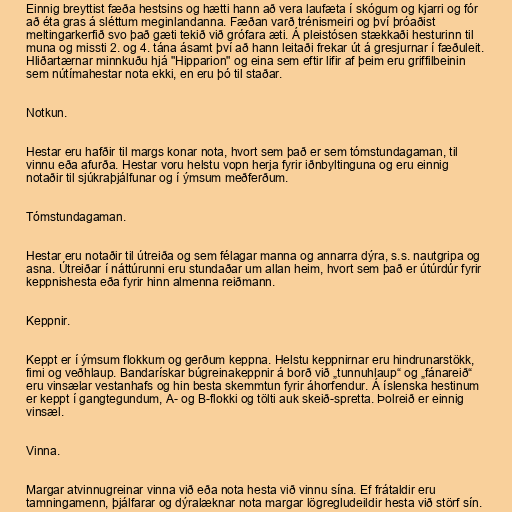
Einnig breyttist fæða hestsins og hætti hann að vera laufæta í skógum og kjarri og fór
að éta gras á sléttum meginlandanna. Fæðan varð trénismeiri og því þróaðist
meltingarkerfið svo það gæti tekið við grófara æti. Á pleistósen stækkaði hesturinn til
muna og missti 2. og 4. tána ásamt því að hann leitaði frekar út á gresjurnar í fæðuleit.
Hliðartærnar minnkuðu hjá "Hipparion" og eina sem eftir lifir af þeim eru griffilbeinin
sem nútímahestar nota ekki, en eru þó til staðar.

Notkun.

Hestar eru hafðir til margs konar nota, hvort sem það er sem tómstundagaman, til
vinnu eða afurða. Hestar voru helstu vopn herja fyrir iðnbyltinguna og eru einnig
notaðir til sjúkraþjálfunar og í ýmsum meðferðum.

Tómstundagaman.

Hestar eru notaðir til útreiða og sem félagar manna og annarra dýra, s.s. nautgripa og
asna. Útreiðar í náttúrunni eru stundaðar um allan heim, hvort sem það er útúrdúr fyrir
keppnishesta eða fyrir hinn almenna reiðmann.

Keppnir.

Keppt er í ýmsum flokkum og gerðum keppna. Helstu keppnirnar eru hindrunarstökk,
fimi og veðhlaup. Bandarískar búgreinakeppnir á borð við „tunnuhlaup“ og „fánareið“
eru vinsælar vestanhafs og hin besta skemmtun fyrir áhorfendur. Á íslenska hestinum
er keppt í gangtegundum, A- og B-flokki og tölti auk skeið-spretta. Þolreið er einnig
vinsæl.

Vinna.

Margar atvinnugreinar vinna við eða nota hesta við vinnu sína. Ef frátaldir eru
tamningamenn, þjálfarar og dýralæknar nota margar lögregludeildir hesta við störf sín.